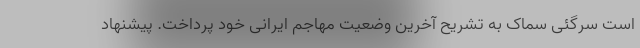
است سرگئی سماک به تشریح آخرین وضعیت مهاجم ایرانی خود پرداخت. پیشنهاد